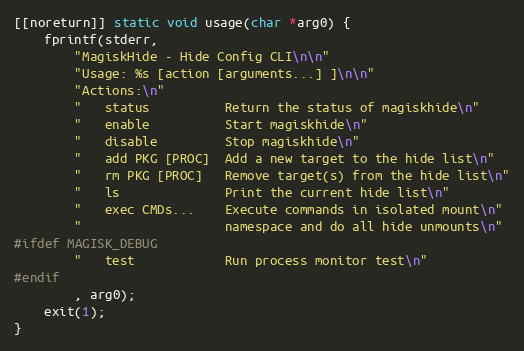
Language: C++
[[noreturn]] static void usage(char *arg0) {
    fprintf(stderr,
        "MagiskHide - Hide Config CLI\n\n"
        "Usage: %s [action [arguments...] ]\n\n"
        "Actions:\n"
        "   status          Return the status of magiskhide\n"
        "   enable          Start magiskhide\n"
        "   disable         Stop magiskhide\n"
        "   add PKG [PROC]  Add a new target to the hide list\n"
        "   rm PKG [PROC]   Remove target(s) from the hide list\n"
        "   ls              Print the current hide list\n"
        "   exec CMDs...    Execute commands in isolated mount\n"
        "                   namespace and do all hide unmounts\n"
#ifdef MAGISK_DEBUG
        "   test            Run process monitor test\n"
#endif
        , arg0);
    exit(1);
}